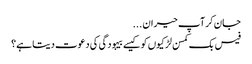
جان کر آپ حیران ...
فیس بک کمسن لڑکیوں کو کیسے بیہودگی کی دعوت دیتا ہے؟